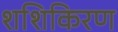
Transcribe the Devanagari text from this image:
शशिकिरण